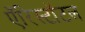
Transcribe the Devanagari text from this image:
ऍरिस्टॉटल